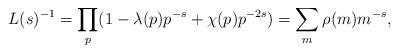
LaTeX: \begin{align*} L(s)^{-1}=\prod_p (1-\lambda(p)p^{-s}+\chi(p)p^{-2s})=\sum_m \rho(m)m^{-s},\end{align*}